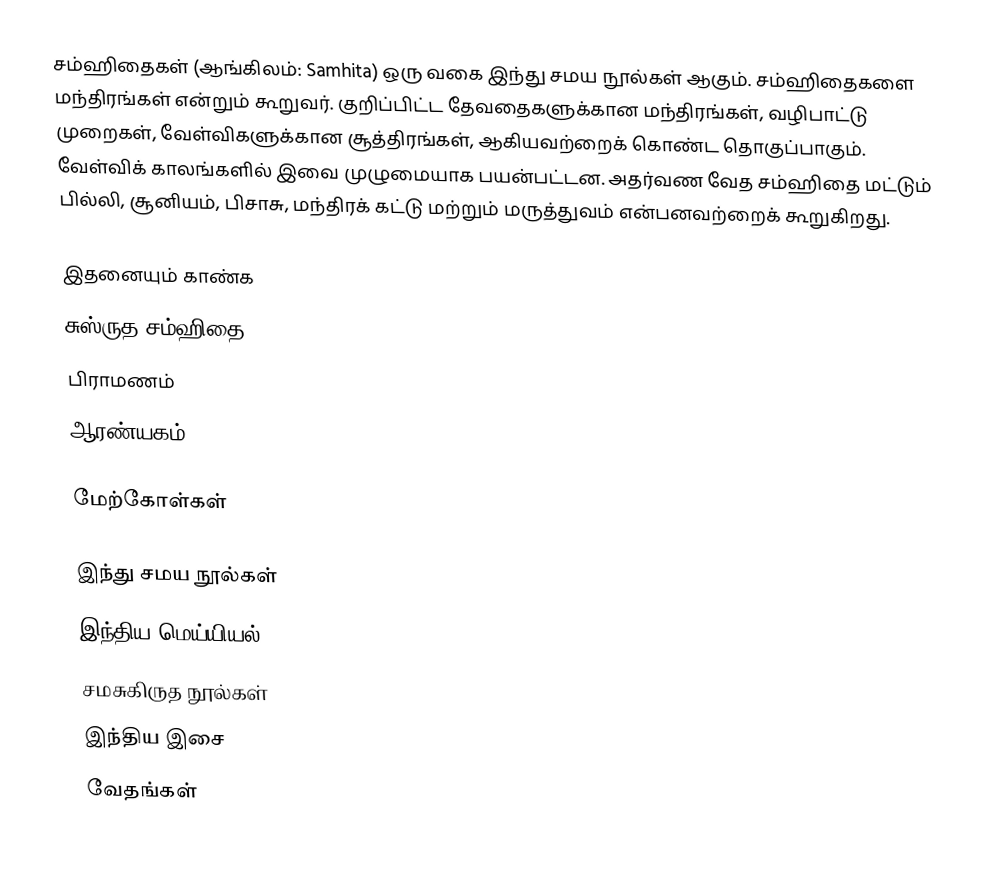
சம்ஹிதைகள் (ஆங்கிலம்: Samhita) ஒரு வகை இந்து சமய நூல்கள் ஆகும்.  சம்ஹிதைகளை மந்திரங்கள் என்றும் கூறுவர். குறிப்பிட்ட தேவதைகளுக்கான மந்திரங்கள், வழிபாட்டு முறைகள், வேள்விகளுக்கான சூத்திரங்கள், ஆகியவற்றைக் கொண்ட தொகுப்பாகும். வேள்விக் காலங்களில் இவை முழுமையாக பயன்பட்டன. அதர்வண வேத சம்ஹிதை மட்டும் பில்லி, சூனியம், பிசாசு, மந்திரக் கட்டு மற்றும் மருத்துவம் என்பனவற்றைக் கூறுகிறது.

இதனையும் காண்க
 சுஸ்ருத சம்ஹிதை
 பிராமணம்
 ஆரண்யகம்

மேற்கோள்கள்

இந்து சமய நூல்கள்
இந்திய மெய்யியல்
சமசுகிருத நூல்கள்
இந்திய இசை
வேதங்கள்